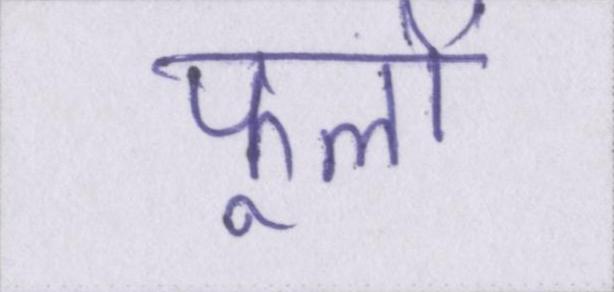
फूलों